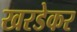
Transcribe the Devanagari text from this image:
खरडेकर